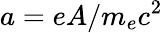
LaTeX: a=eA/m_{e}c^{2}